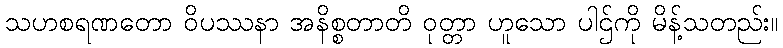
သဟစရဏတော ဝိပဿနာ အနိစ္စတာတိ ဝုတ္တာ ဟူသော ပါဌ်ကို မိန့်သတည်း။